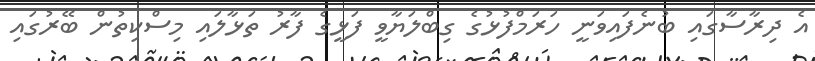
އެ ދިރާސާގައި ބުނެފައިވަނީ ހަރަމްފުޅުގެ ގިބްލަޔާވީ ފަޅީގެ ފާރު ތަޅާލައި މިސްކިތުން ބޭރުގައި